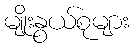
မျိုးနွယ်စုများ